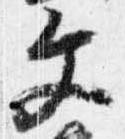
文